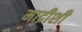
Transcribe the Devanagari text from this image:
माद्रीशी